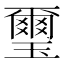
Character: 璽